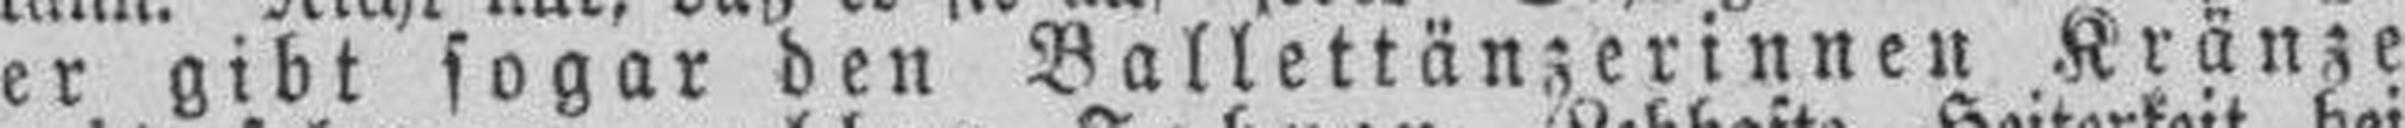
er gibt sogar den Ballettänzerinnen Kränze